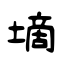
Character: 墑